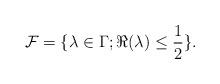
LaTeX: \begin{align*}\mathcal{F} = \{\lambda \in \Gamma; \Re(\lambda) \leq \frac12\}.\end{align*}